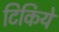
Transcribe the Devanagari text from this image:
टिकिये